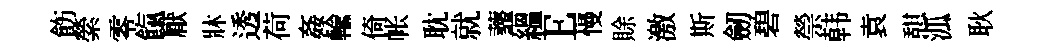
飭縈零餼厭牀透荷姦輸倚帐耽就虀緼E慢賖激斯劒碧禜韩袁憇泒耿